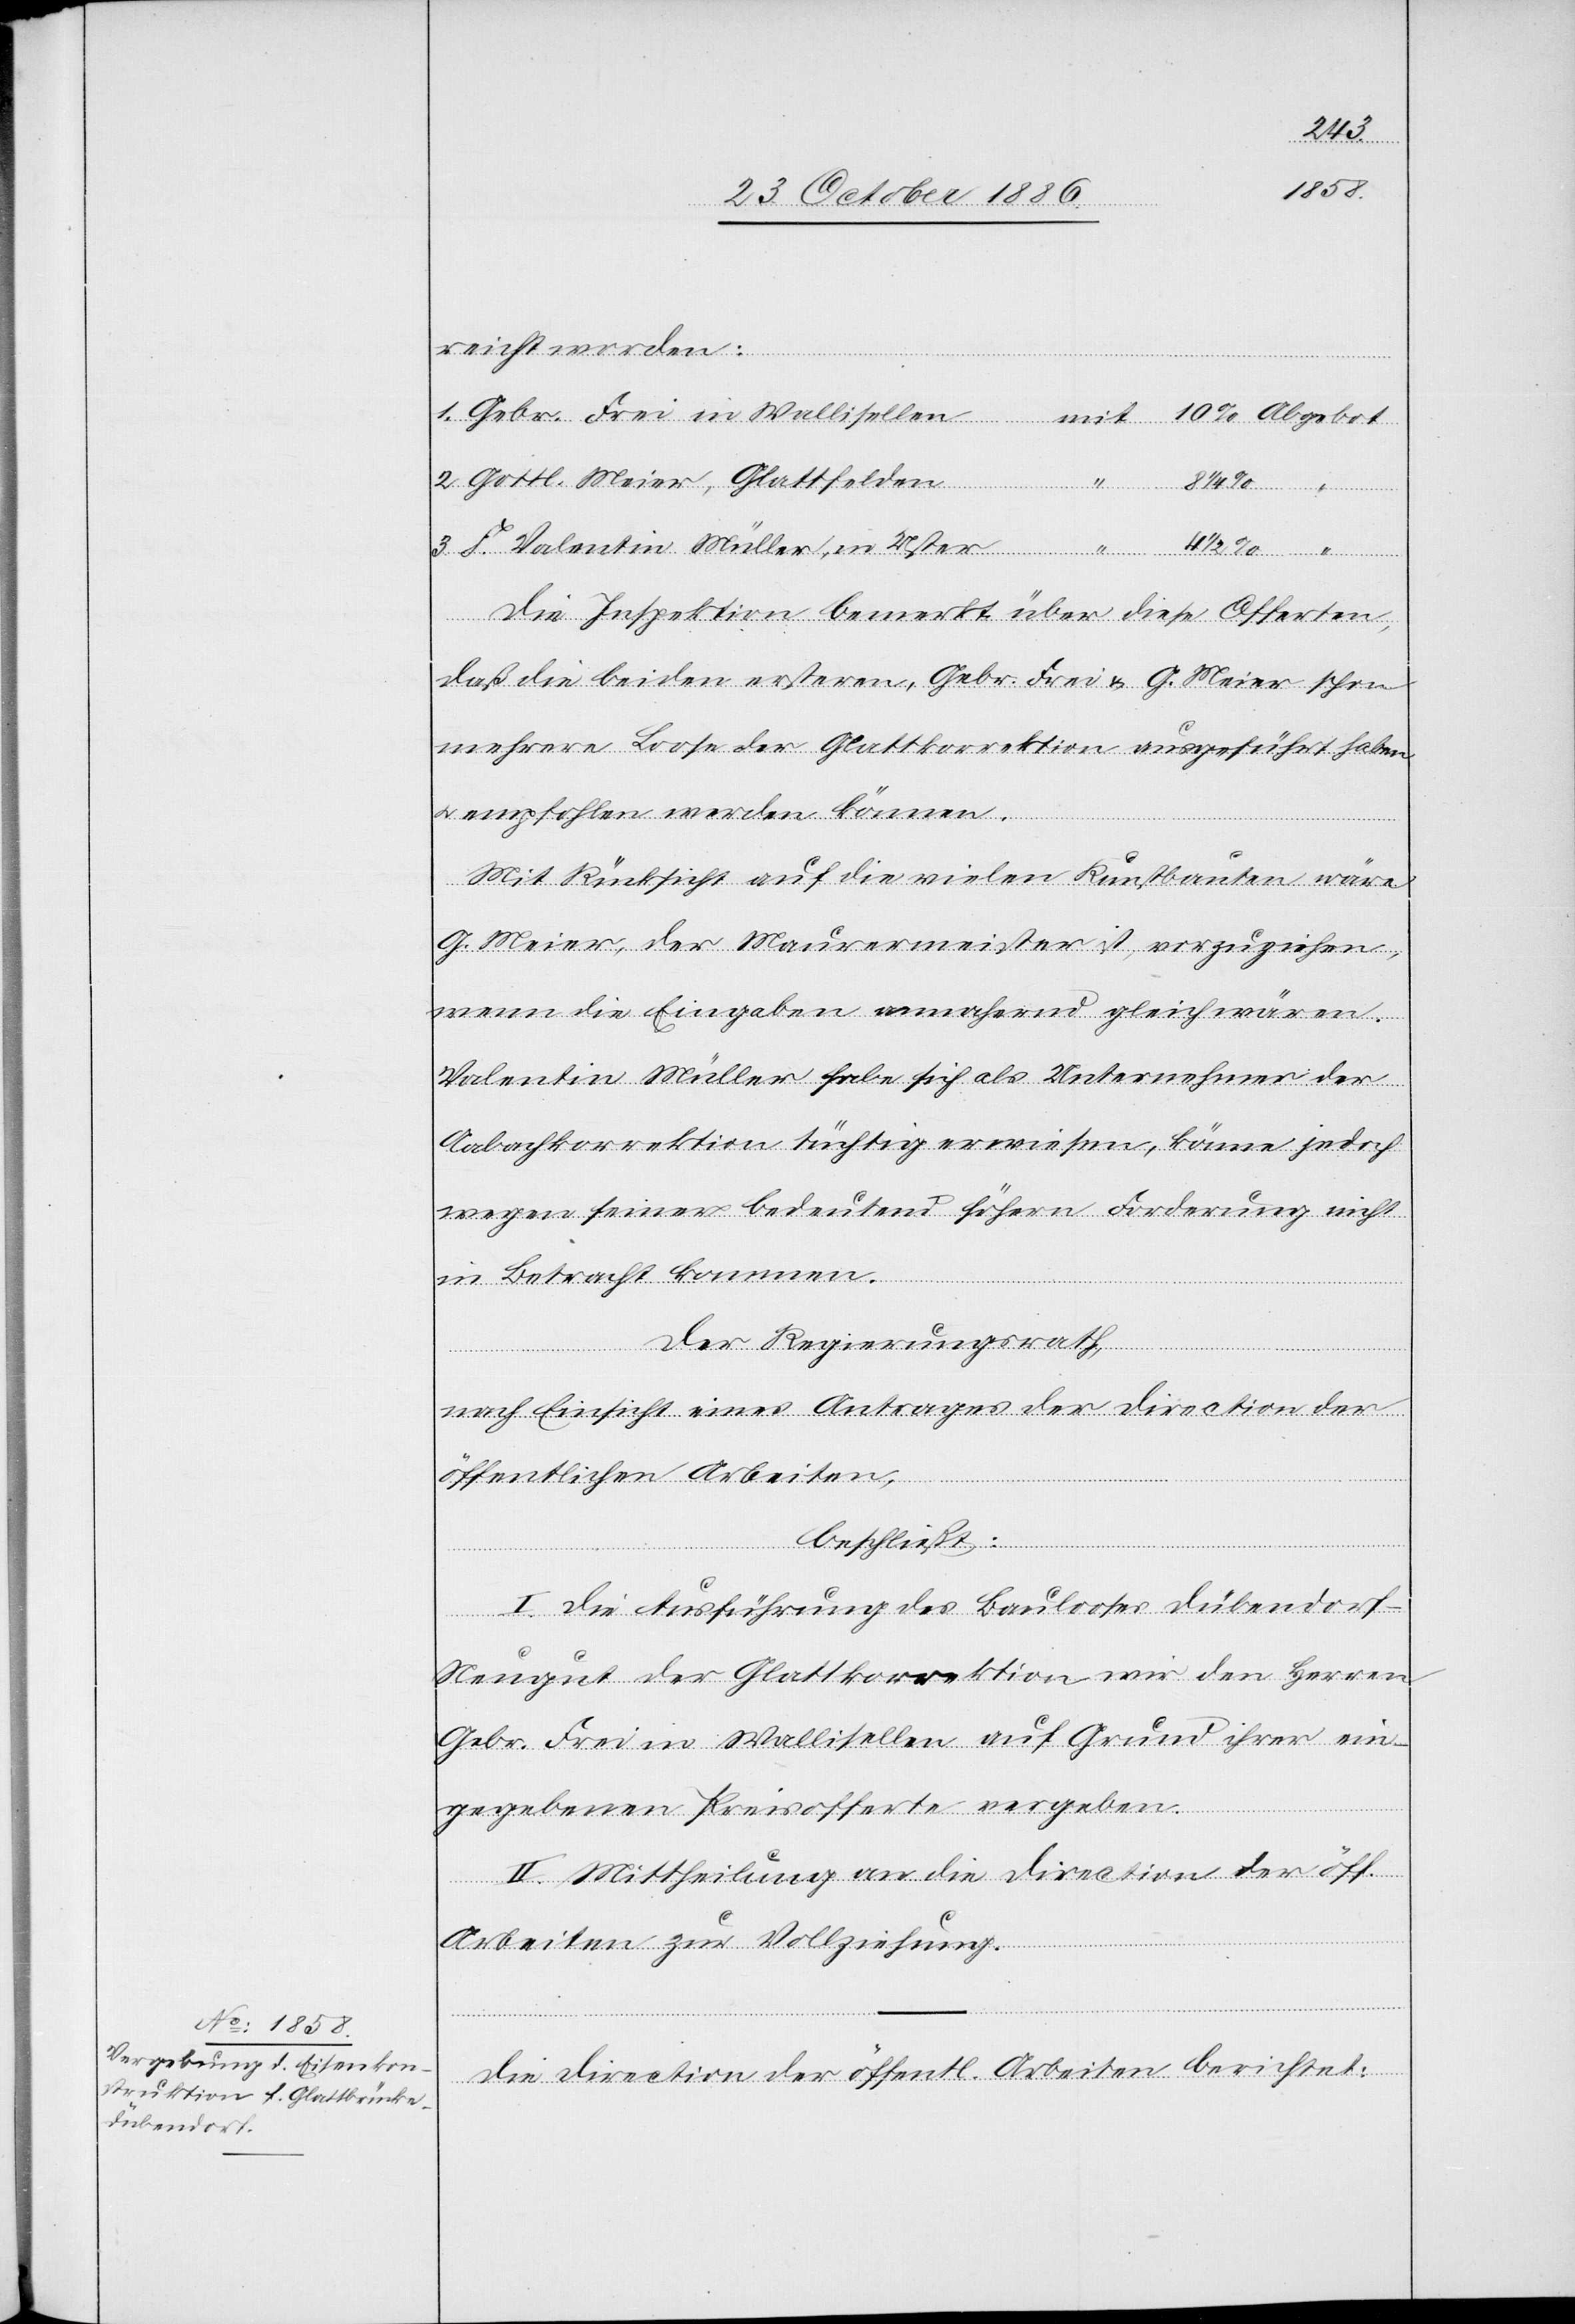
reicht worden:
Gottl. Meier, Glattfelden
F. Valentin Müller, in Uster
Die Inspektion bemerkt über diese Offerten,
daß die beiden ersteren, Gebr. Frei & G. Meier schon
mehrere Loose der Glattkorrektion ausgeführt haben
& empfohlen werden können.
Mit Rücksicht auf die vielen Kunstbauten wäre
G. Meier, der Maurermeister ist, vorzuziehen,
wenn die Eingaben annahernd [sic!] gleich wären.
Valentin Müller habe sich als Unternehmer der
Aabachkorrektion tüchtig erwiesen, könne jedoch
wegen seiner bedeutend höhern Forderung nicht
3.
in Betracht kommen.
Der Regierungsrath,
nach Einsicht eines Antrages der Direction der
öffentlichen Arbeiten,
in Wallisellen
beschließt:
I. Die Ausführung des Baulooses Dübendorf-N¬
eugut der Glattkorrektion wir[d] den Herren
Gebr. Frei in Wallisellen auf Grund ihrer ein¬
gegebenen Kreisofferte vergeben.
II. Mittheilung an die Direction der öff.
Arbeiten zur Vollziehung.
Die Direction der öffentl. Arbeiten berichtet: